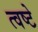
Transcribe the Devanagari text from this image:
त्वष्टे